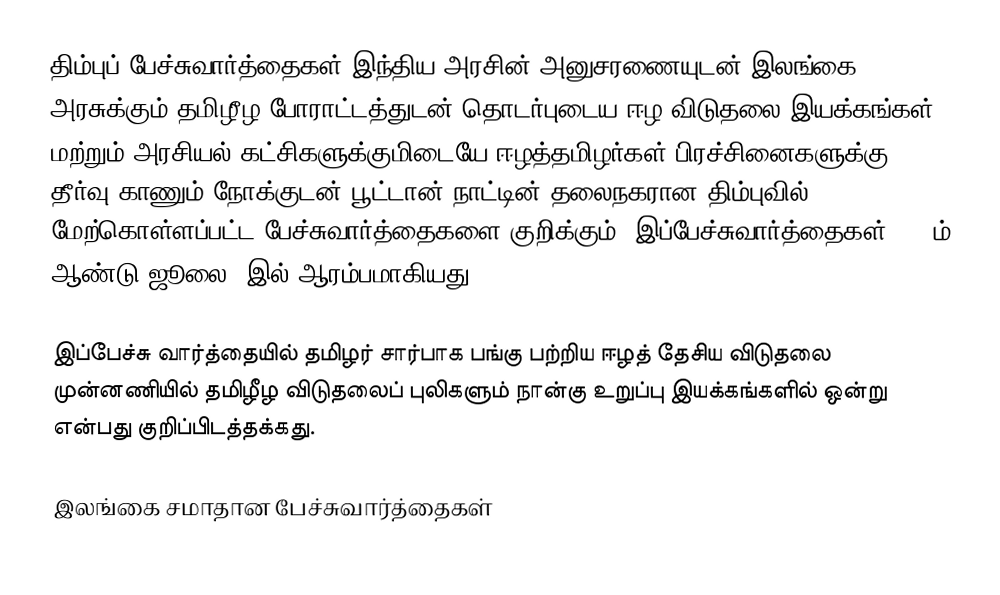
திம்புப் பேச்சுவார்த்தைகள் இந்திய அரசின் அனுசரணையுடன் இலங்கை அரசுக்கும் தமிழீழ போராட்டத்துடன் தொடர்புடைய ஈழ விடுதலை இயக்கங்கள் மற்றும் அரசியல் கட்சிகளுக்குமிடையே ஈழத்தமிழர்கள் பிரச்சினைகளுக்கு தீர்வு காணும் நோக்குடன் பூட்டான் நாட்டின் தலைநகரான திம்புவில் மேற்கொள்ளப்பட்ட பேச்சுவார்த்தைகளை குறிக்கும்.  இப்பேச்சுவார்த்தைகள் 1985ம் ஆண்டு ஜூலை 8இல் ஆரம்பமாகியது.

இப்பேச்சு வார்த்தையில் தமிழர் சார்பாக பங்கு பற்றிய ஈழத் தேசிய விடுதலை முன்னணியில் தமிழீழ விடுதலைப் புலிகளும் நான்கு உறுப்பு இயக்கங்களில் ஒன்று என்பது குறிப்பிடத்தக்கது.

இலங்கை சமாதான பேச்சுவார்த்தைகள்